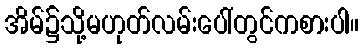
အိမ်၌သို့မဟုတ်လမ်းပေါ်တွင်ကစားပါ။